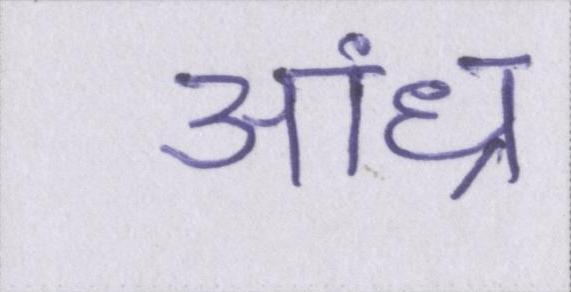
आंध्र